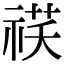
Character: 䄏